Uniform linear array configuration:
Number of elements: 24
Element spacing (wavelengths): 0.75
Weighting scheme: hamming
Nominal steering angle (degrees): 0
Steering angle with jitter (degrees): -0.3622
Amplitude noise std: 0.05
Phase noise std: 0.05

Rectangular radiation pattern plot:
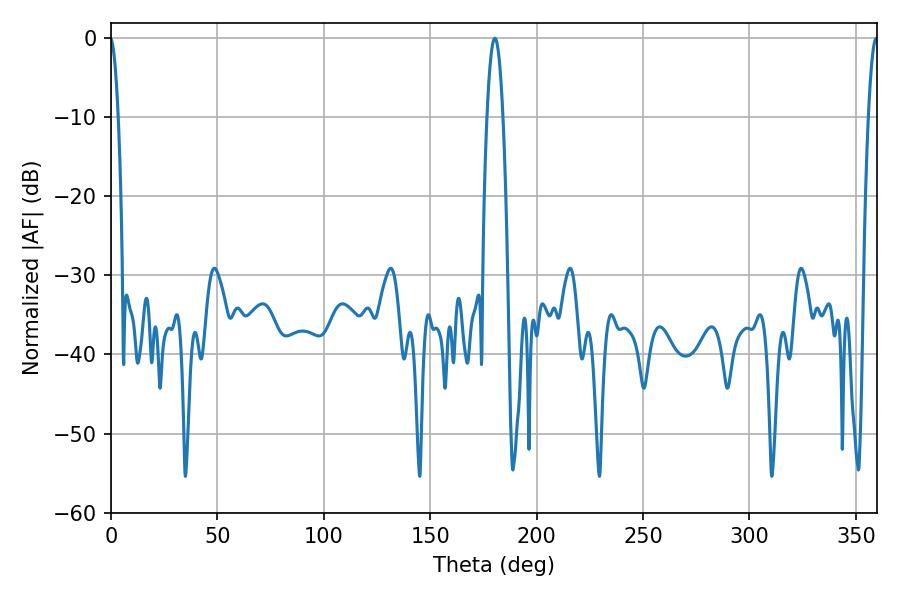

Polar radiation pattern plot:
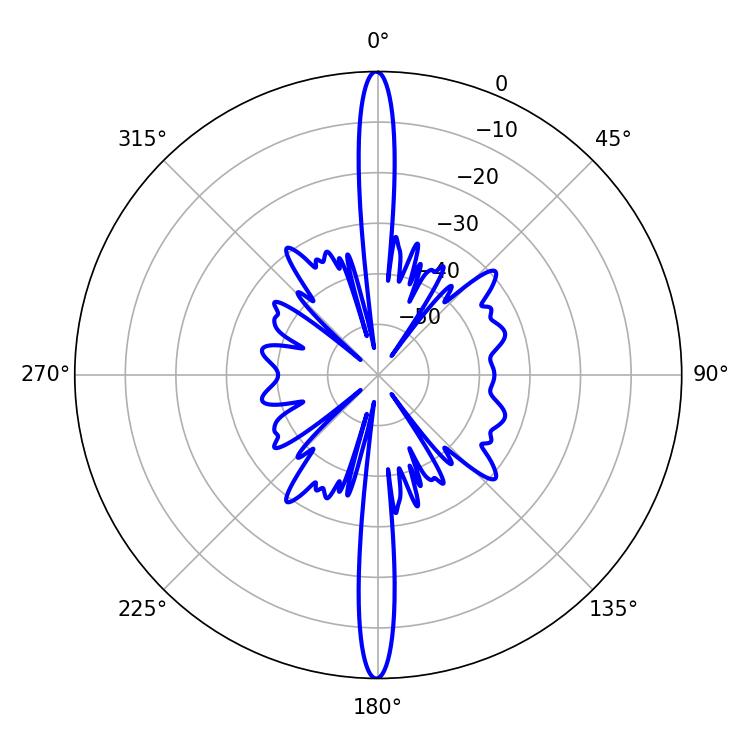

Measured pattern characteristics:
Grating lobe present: TRUE
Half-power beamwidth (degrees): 3.96
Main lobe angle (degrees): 180.36